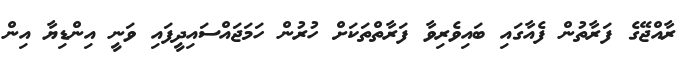
ރާއްޖޭގެ ފަރާތުން ފެއާގައި ބައިވެރިވާ ފަރާތްތަކަށް ހުރުން ހަމަޖައްސައިދީފައި ވަނީ އިންޑިޔާ އިން